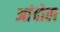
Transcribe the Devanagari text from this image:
आंदोल